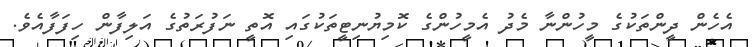
އެހެން ދީންތަކުގެ މީހުންނާ މެދު އެމީހުންގެ ކޮމިޔުނިޓީތަކުގައި އޮތީ ނަފުރަތުގެ އަލިފާން ހިފަފާއެވެ.